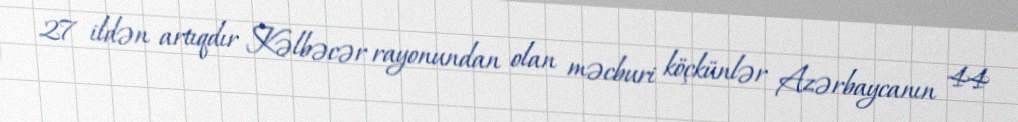
27 ildən artıqdır Kəlbəcər rayonundan olan məcburi köçkünlər Azərbaycanın 44